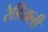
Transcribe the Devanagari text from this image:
रेडियली